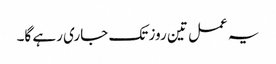
یہ عمل تین روز تک جاری رہے گا۔